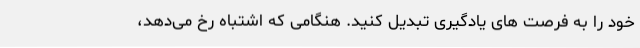
خود را به فرصت های یادگیری تبدیل کنید. هنگامی که اشتباه رخ می‌دهد،